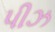
પીઝ